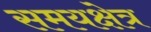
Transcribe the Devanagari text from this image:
समयक्षेत्र